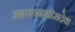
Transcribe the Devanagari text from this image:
उग्रचन्नावीरादेवा